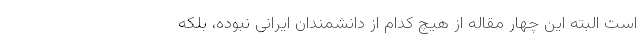
است البته این چهار مقاله از هیچ کدام از دانشمندان ایرانی نبوده، بلکه